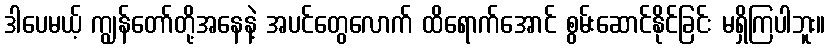
ဒါပေမယ့် ကျွန်တော်တို့အနေနဲ့ အပင်တွေလောက် ထိရောက်အောင် စွမ်းဆောင်နိုင်ခြင်း မရှိကြပါဘူး။